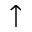
\uparrow